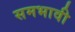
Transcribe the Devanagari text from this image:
समभावी